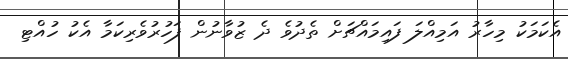
އެކަމަކު މިހާރު އަމިއްލަ ފައިމައްޗަށް ތެދުވެ ދެ ޒުވާނުން ފަހުރުވެރިކަމާ އެކު ހުއްޓި